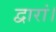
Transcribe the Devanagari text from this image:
द्वारां।